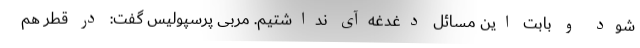
شود و بابت این مسائل دغدغه‌آی نداشتیم. مربی پرسپولیس گفت: در قطر هم